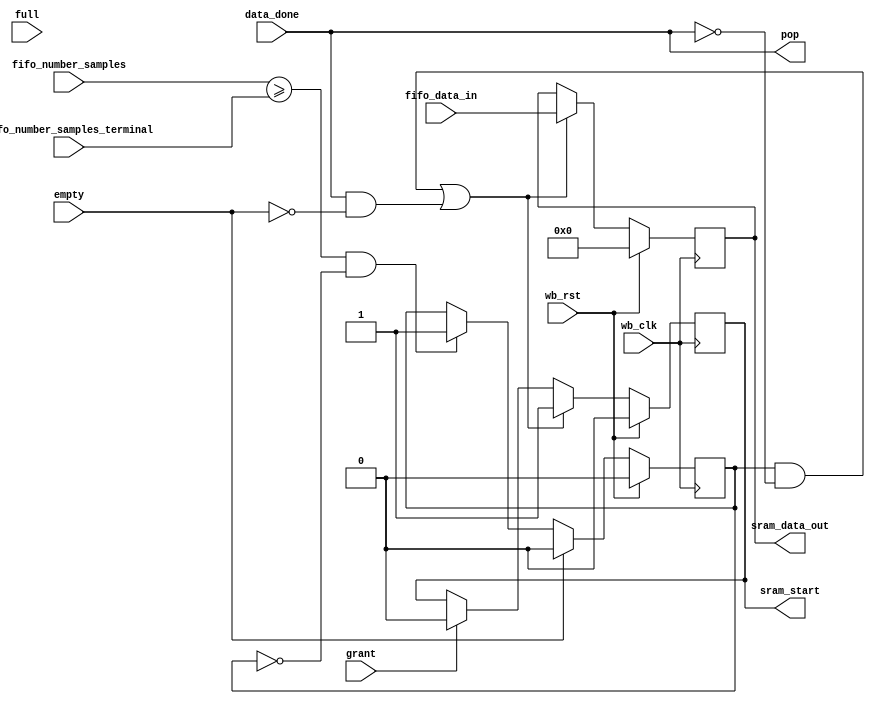
module fifo_to_sram (
   pop, sram_data_out, sram_start,
   wb_clk, wb_rst, empty, full, grant, fifo_number_samples,
   fifo_number_samples_terminal, data_done, fifo_data_in
   ) ;
   parameter dw=32;
   input wb_clk;
   input wb_rst;
   input empty;
   input full;
   input grant;
   input [5:0] fifo_number_samples;   
   input [5:0] fifo_number_samples_terminal;
   input       data_done;   
   output wire pop;
   input [dw-1:0] fifo_data_in;
   output reg [dw-1:0] sram_data_out;
   output reg          sram_start;
   reg                 active;
   assign pop = data_done;
   always @(posedge wb_clk)
     if (wb_rst) begin
        active <= 0;        
     end else begin
        if (empty) begin
           active <= 0;           
        end else if ((fifo_number_samples >= fifo_number_samples_terminal) && !active) begin
           active <= 1;           
        end
     end   
   always @(posedge wb_clk)
     if (wb_rst) begin
        sram_data_out <= 0;      
        sram_start <= 0;        
     end else begin
        if ((active && !pop) || 
            (data_done & !empty)) begin
           sram_data_out <= fifo_data_in;
           sram_start <= 1;           
        end else if (grant) begin
           sram_start <= 0;           
        end else begin
        end
     end 
endmodule